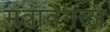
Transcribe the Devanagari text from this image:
मंत्रावेगळा